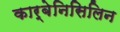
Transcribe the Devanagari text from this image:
कार्बेनिसिलिन